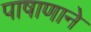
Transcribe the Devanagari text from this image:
पाषाणाने